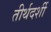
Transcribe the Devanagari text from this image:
तीर्थदर्शी